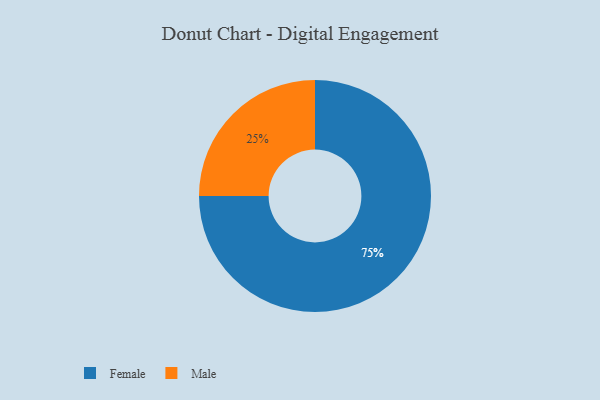
{"axis": {"x": "Category", "y": "Percentage"}, "legend": ["Female", "Male"], "data": [{"x": "Female", "y": 75, "type": "Female"}, {"x": "Male", "y": 25, "type": "Male"}]}